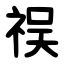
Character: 祦